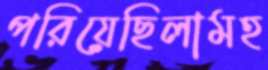
পরিয়েছিলামহ